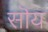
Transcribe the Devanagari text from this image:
सॊय